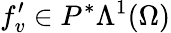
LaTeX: f_{v}^{\prime}\in P^{\ast}\Lambda^{1}(\Omega)